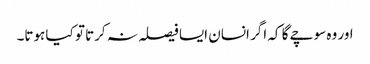
اور وہ سوچے گا کہ اگر انسان ایسا فیصلہ نہ کرتا تو کیا ہوتا۔